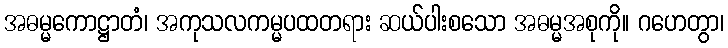
အဓမ္မကောဋ္ဌာတံ၊ အကုသလကမ္မပထတရား ဆယ်ပါးစသော အဓမ္မအစုကို။ ဂဟေတွာ၊